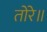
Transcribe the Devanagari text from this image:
तोरे॥